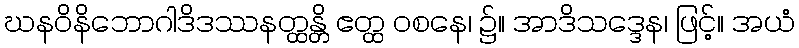
ဃနဝိနိဘောဂါဒိဒဿနတ္ထန္တိ ဧတ္ထ ဝစနေ၊ ၌။ အာဒိသဒ္ဒေန၊ ဖြင့်။ အယံ